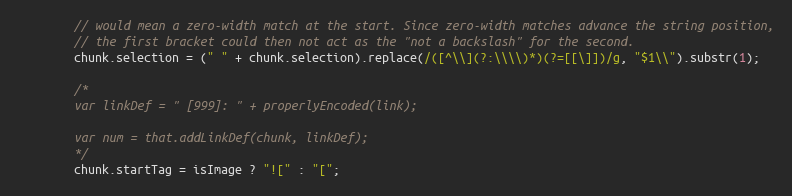
Language: JavaScript
        // would mean a zero-width match at the start. Since zero-width matches advance the string position,
        // the first bracket could then not act as the "not a backslash" for the second.
        chunk.selection = (" " + chunk.selection).replace(/([^\\](?:\\\\)*)(?=[[\]])/g, "$1\\").substr(1);

        /*
        var linkDef = " [999]: " + properlyEncoded(link);

        var num = that.addLinkDef(chunk, linkDef);
        */
        chunk.startTag = isImage ? "![" : "[";